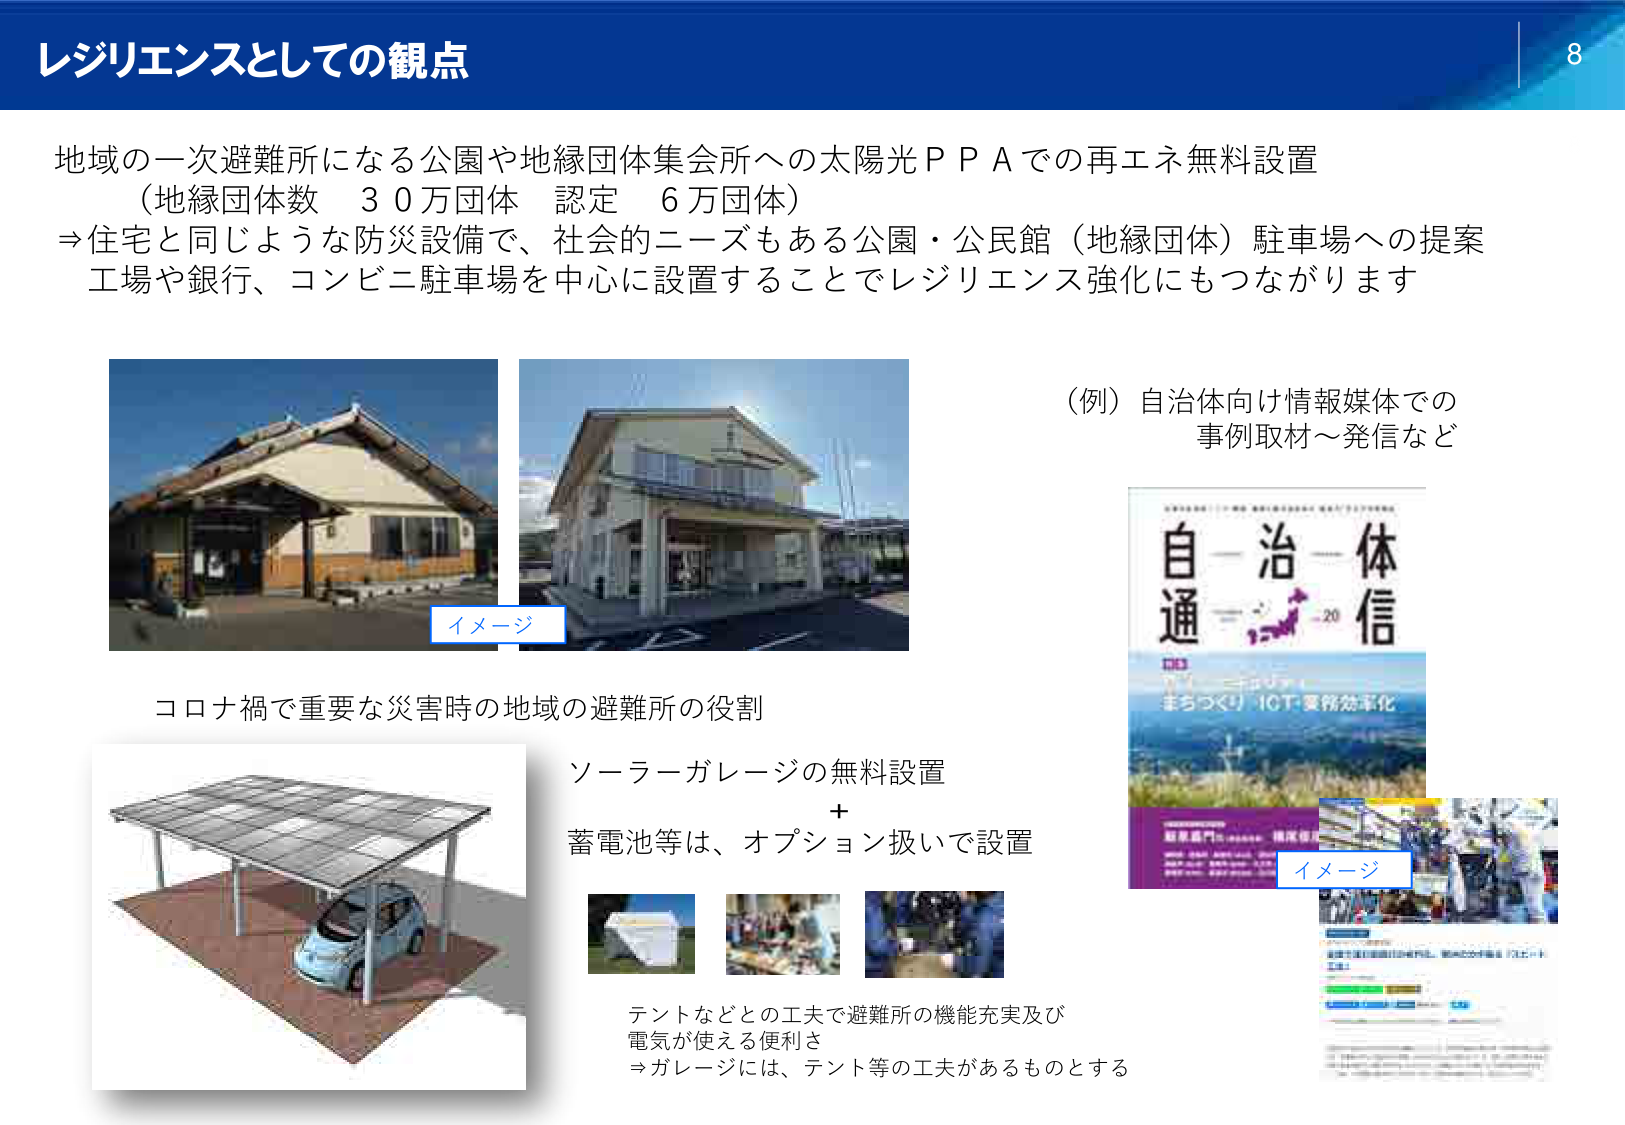
レジリエンスとしての観点

地域の一次避難所になる公園や地縁団体集会所への太陽光ＰＰＡでの再エネ無料設置
（地縁団体数　３０万団体　認定　６万団体）
⇒住宅と同じような防災設備で、社会的ニーズもある公園・公民館（地縁団体）駐車場への提案
工場や銀行、コンビニ駐車場を中心に設置することでレジリエンス強化にもつながります

（例）自治体向け情報媒体での
事例取材～発信など

イメージ

コロナ禍で重要な災害時の地域の避難所の役割

ソーラーガレージの無料設置
＋
蓄電池等は、オプション扱いで設置

イメージ

テントなどとの工夫で避難所の機能充実及び
電気が使える便利さ
⇒ガレージには、テント等の工夫があるものとする

自－治－体
通－信
-20
まちづくり10T業務効率化